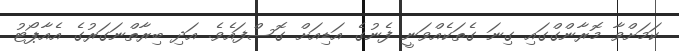
ކަމަށްވާ މޮރާންގްގައި ގިނަ ގެތަކެއްވަނީ ފެނުގެ އަޑިއަށް ގޮސްފައެވެ. އަދި ބިރާތްނަގަރުގެ އެއާޕޯޓު